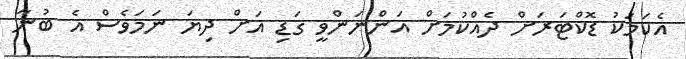
އެކަމަކު ޑޮކްޓަރަށް ދެއްކުމަށް އަންނަންވީ ގަޑި އަށް ދިޔަ ނަމަވެސް އެ ބުނާ